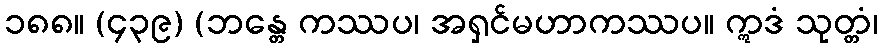
၁၈၈။ (၄၃၉) (ဘန္တေ ကဿပ၊ အရှင်မဟာကဿပ။ ဣဒံ သုတ္တံ၊